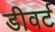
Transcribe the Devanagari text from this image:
डीवर्ट